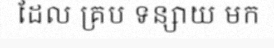
ដែល គ្រប ទន្សាយ មក